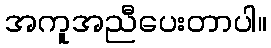
အကူအညီပေးတာပါ။